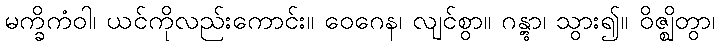
မက္ခိကံဝါ၊ ယင်ကိုလည်းကောင်း။ ဝေဂေန၊ လျင်စွာ။ ဂန္တွာ၊ သွား၍။ ဝိဇ္ဈိတွာ၊